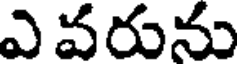
ఎవరును